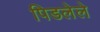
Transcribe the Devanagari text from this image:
पिडलेले